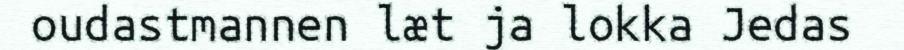
oudastmannen læt ja lokka Jedas